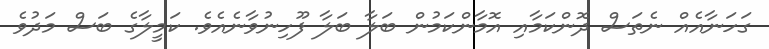
ގަހަނާއެއް ނެތަސް ދޮންކަމާއި އޮމާންކަމުން ބަލާ ބަލާ ފޫހިނުވާނެއެވެ. ކަމީލާގެ ބަސް މަދުވެ